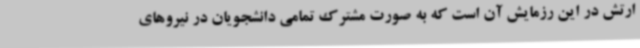
ارتش در این رزمایش آن است که به صورت مشترک تمامی دانشجویان در نیروهای